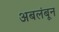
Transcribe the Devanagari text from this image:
अबलंबून